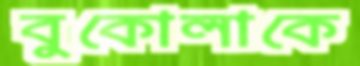
বুকোলাকে